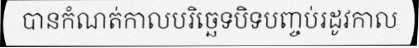
បានកំណត់កាលបរិច្ឆេទបិទបញ្ចប់រដូវកាល